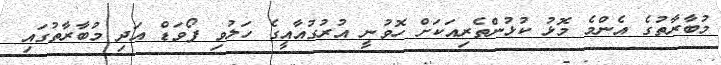
މުބާރާތުގެ އެންމެ މޮޅު ކުޅުންތެރިއަކަށް ހޮވުނީ އުރުގުއާއީގެ ހަލުވި ފޯވަޑް އަދި މުބާރާތުގައި